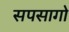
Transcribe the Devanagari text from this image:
सपसागो